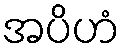
အပိဟံ